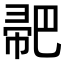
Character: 𢃳